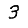
Digit: 3